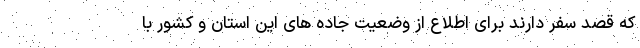
که قصد سفر دارند برای اطلاع از وضعیت جاده های این استان و کشور با